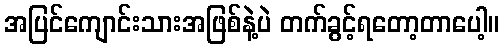
အပြင်ကျောင်းသားအဖြစ်နဲ့ပဲ တက်ခွင့်ရတော့တာပေါ့။